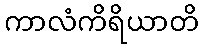
ကာလံကိရိယာတိ